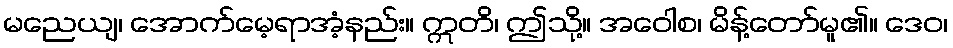
မညေယျ၊ အောက်မေ့ရာအံ့နည်း။ ဣတိ၊ ဤသို့။ အဝေါစ၊ မိန့်တော်မူ၏။ ဒေဝ၊